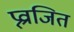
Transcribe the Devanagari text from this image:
प्र्व्राजित